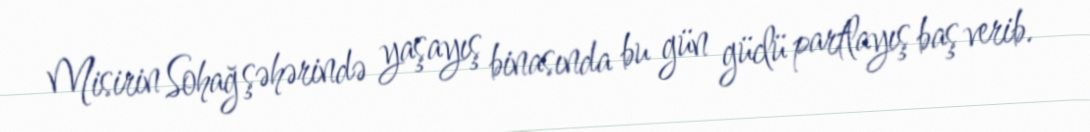
Misirin Sohağ şəhərində yaşayış binasında bu gün güclü partlayış baş verib.